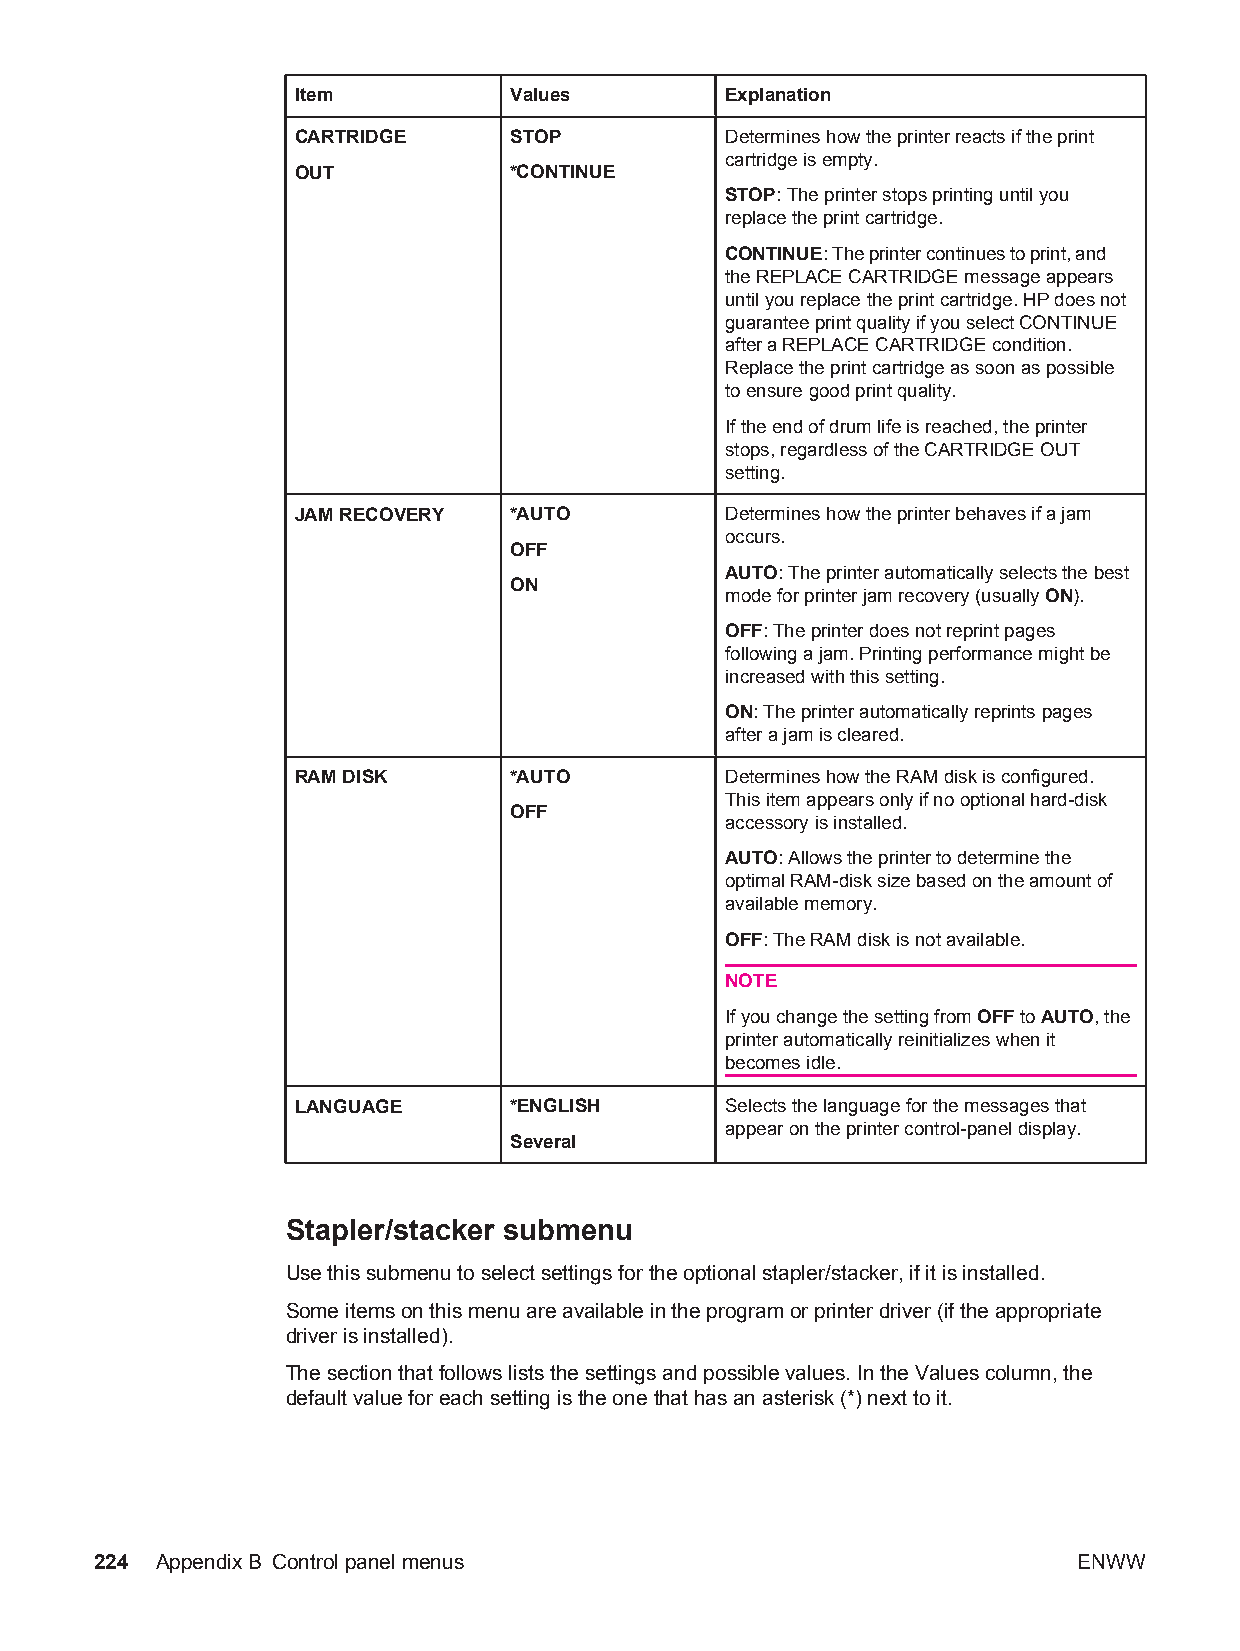
Item          Values        Explanation
 CARTRIDGE     STOP          Determines how the printer reacts if the print
 cartridge is empty.
 OUT           *CONTINUE
 STOP: The printer stops printing until you
 replace the print cartridge.
 CONTINUE: The printer continues to print, and
 the REPLACE CARTRIDGE message appears
 until you replace the print cartridge. HP does not
 guarantee print quality if you select CONTINUE
 after a REPLACE CARTRIDGE condition.
 Replace the print cartridge as soon as possible
 to ensure good print quality.
 If the end of drum life is reached, the printer
 stops, regardless of the CARTRIDGE OUT
 setting.
 JAM RECOVERY  *AUTO         Determines how the printer behaves if a jam
 occurs.
 OFF
 AUTO: The printer automatically selects the best
 ON
 mode for printer jam recovery (usually ON).
 OFF: The printer does not reprint pages
 following a jam. Printing performance might be
 increased with this setting.
 ON: The printer automatically reprints pages
 after a jam is cleared.
 RAM DISK      *AUTO         Determines how the RAM disk is configured.
 This item appears only if no optional hard-disk
 OFF
 accessory is installed.
 AUTO: Allows the printer to determine the
 optimal RAM-disk size based on the amount of
 available memory.
 OFF: The RAM disk is not available.
 NOTE
 If you change the setting from OFF to AUTO, the
 printer automatically reinitializes when it
 becomes idle.
 LANGUAGE      *ENGLISH      Selects the language for the messages that
 appear on the printer control-panel display.
 Several
 Stapler/stacker submenu
 Use this submenu to select settings for the optional stapler/stacker, if it is installed.
 Some items on this menu are available in the program or printer driver (if the appropriate
 driver is installed).
 The section that follows lists the settings and possible values. In the Values column, the
 default value for each setting is the one that has an asterisk (*) next to it.
 224 AppendixB Control panel menus                                ENWW